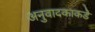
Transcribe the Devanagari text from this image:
अनुवादकाकडे